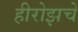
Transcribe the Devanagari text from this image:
हीरोझचे